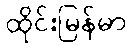
ထိုင်းမြန်မာ